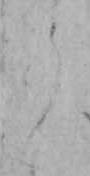
ら